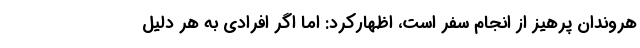
هروندان پرهیز از انجام سفر است، اظهارکرد: اما اگر افرادی به هر دلیل